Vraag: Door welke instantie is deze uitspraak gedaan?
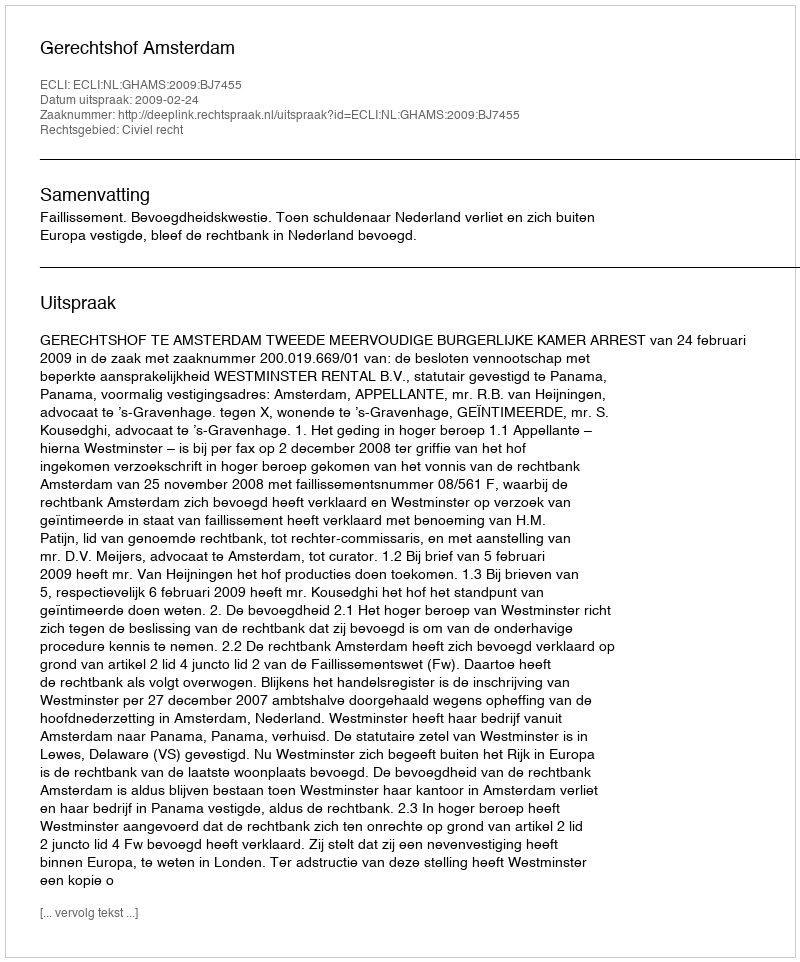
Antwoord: Gerechtshof Amsterdam